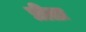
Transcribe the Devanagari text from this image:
प्रीतः